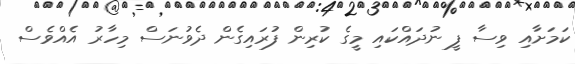
ކަމަށާއި ވިސާ ފީ ނުދައްކައި މީގެ ކުރިން ފުރައިގެން ދެވުނަސް މިހާރު އެއްވެސް